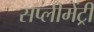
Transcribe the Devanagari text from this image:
सप्लीमेंट्री